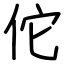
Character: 佗